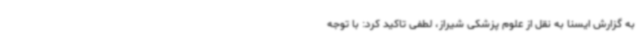
به گزارش ایسنا به نقل از علوم پزشکی شیراز، لطفی تاکید کرد: با توجه